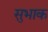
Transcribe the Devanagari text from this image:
सुभाक